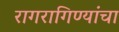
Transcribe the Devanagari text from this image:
रागरागिण्यांचा